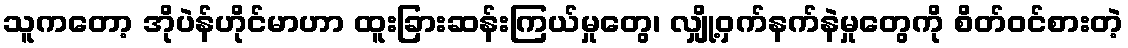
သူကတော့ အိုပဲန်ဟိုင်မာဟာ ထူးခြားဆန်းကြယ်မှုတွေ၊ လျှို့ဝှက်နက်နဲမှုတွေကို စိတ်ဝင်စားတဲ့